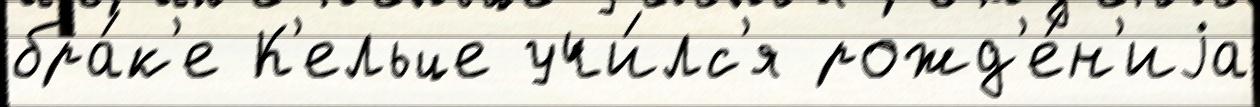
бра́к'е К'ельце учи́лс'я рожд'е́н'иjа